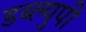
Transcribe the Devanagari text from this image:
डब्ल्युपी